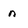
Character: n